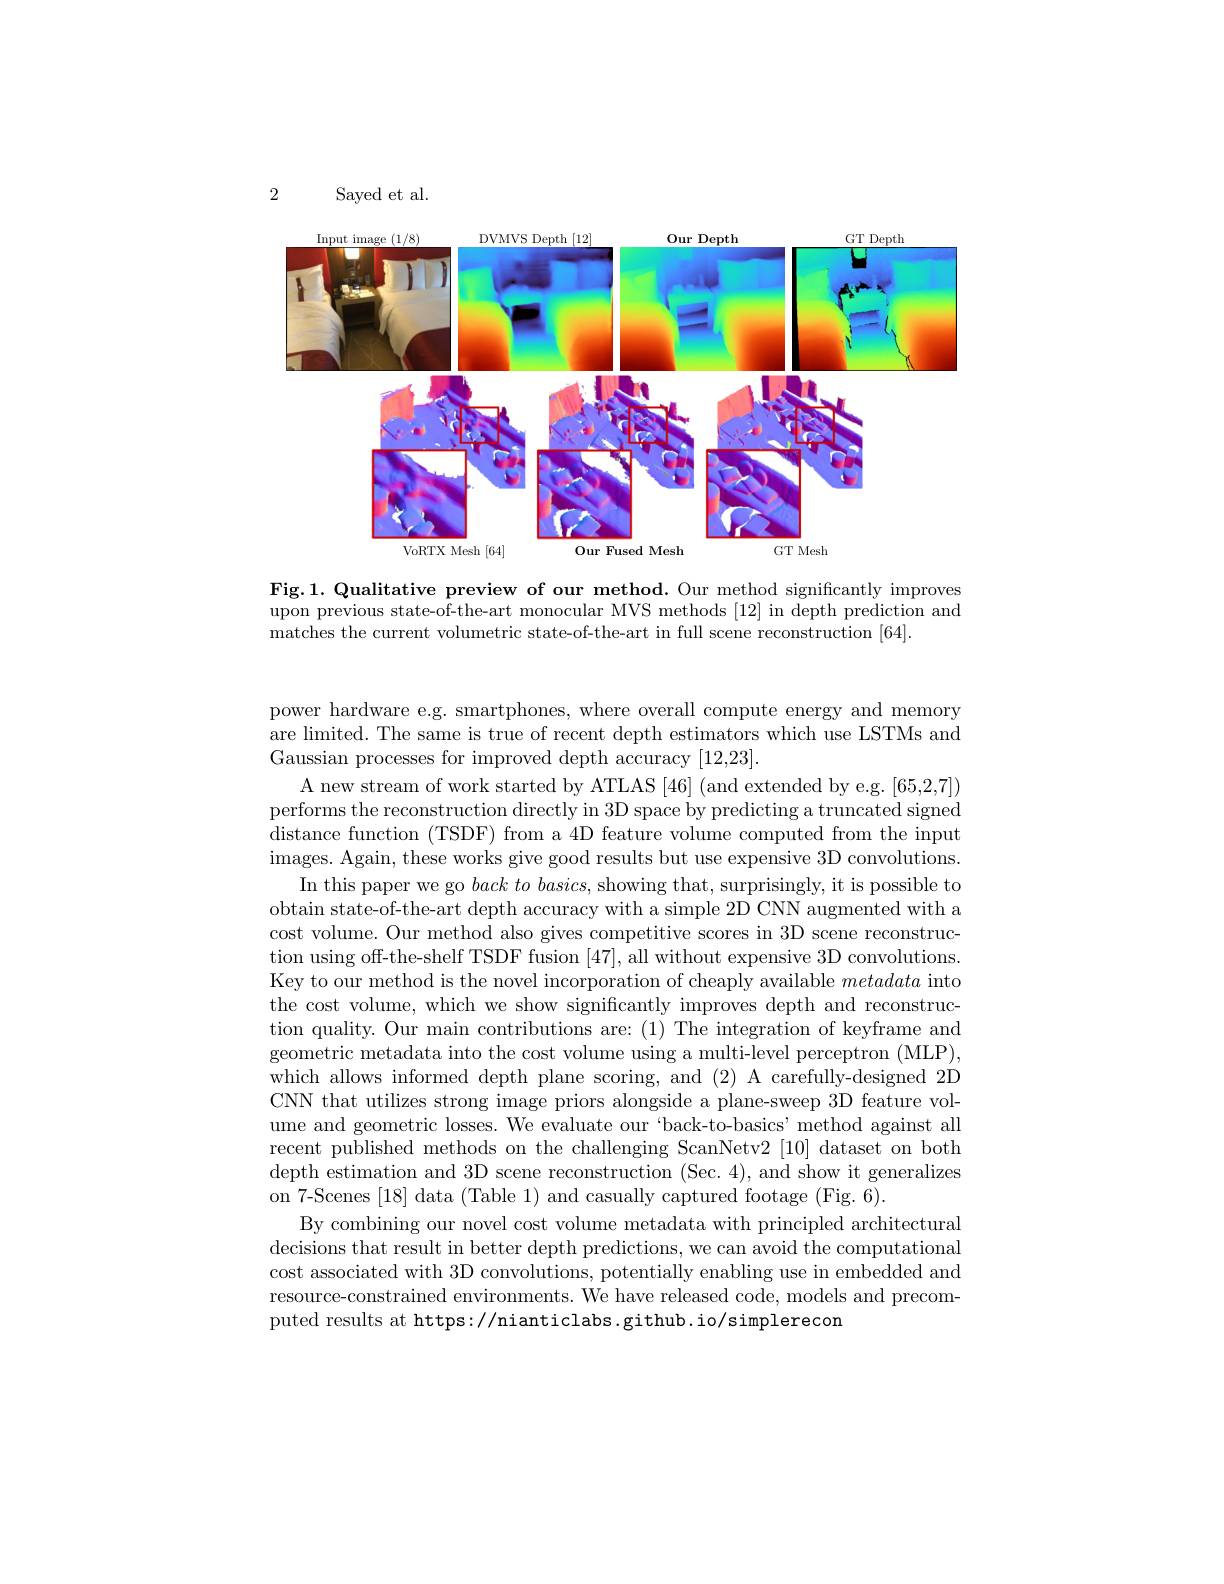
2

Sayed et al.

<FigureHere>

Fig.1. Qualitative preview of our method. Our method significantly improves upon previous state-of-the-art monocular MVS methods [12] in depth prediction and matches the current volumetric state-of-the-art in full scene reconstruction [64].

power hardware e.g. smartphones, where overall compute energy and memory are limited. The same is true of recent depth estimators which use LSTMs and Gaussian processes for improved depth accuracy [12,23].
A new stream of work started by ATLAS [46] (and extended by e.g. [65,2,7]) performs the reconstruction directly in 3D space by predicting a truncated signed distance function (TSDF) from a 4D feature volume computed from the input images. Again, these works give good results but use expensive 3D convolutions.
In this paper we go $back\textit{ to basics, showing that, surprisingly, it is possible to}$ obtain state-of-the-art depth accuracy with a simple 2D CNN augmented with a cost volume. Our method also gives competitive scores in 3D scene reconstruction using off-the-shelf TSDF fusion [47], all without expensive 3D convolutions. Key to our method is the novel incorporation of cheaply available metadata into the cost volume, which we show significantly improves depth and reconstruction quality. Our main contributions are: (1) The integration of keyframe and geometric metadata into the cost volume using a multi-level perceptron (MLP), which allows informed depth plane scoring, and (2) A carefully-designed 2D CNN that utilizes strong image priors alongside a plane-sweep 3D feature volume and geometric losses. We evaluate our 'back-to-basics' method against all recent published methods on the challenging ScanNetv2 [10] dataset on both depth estimation and 3D scene reconstruction (Sec. 4), and show it generalizes on 7-Scenes [18] data (Table 1) and casually captured footage (Fig. 6).
By combining our novel cost volume metadata with principled architectural decisions that result in better depth predictions, we can avoid the computational cost associated with 3D convolutions, potentially enabling use in embedded and resource-constrained environments. We have released code, models and precomputed results at https://nianticlabs.github.io/simplerecon